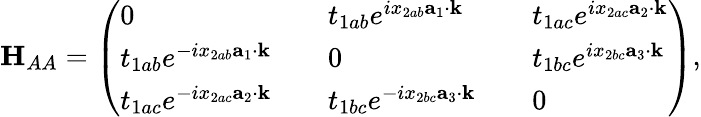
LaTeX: {\mathbf H}_{AA}=\left(\begin{array}{lllll}{0}&{}&{t_{1ab}e^{ix_{2ab}{\mathbf a}_{1}\cdot{\mathbf k}}}&{}&{t_{1ac}e^{ix_{2ac}{\mathbf a}_{2}\cdot{\mathbf k}}}\\ {t_{1ab}e^{-ix_{2ab}{\mathbf a}_{1}\cdot{\mathbf k}}}&{}&{0}&{}&{t_{1bc}e^{ix_{2bc}{\mathbf a}_{3}\cdot{\mathbf k}}}\\ {t_{1ac}e^{-ix_{2ac}{\mathbf a}_{2}\cdot{\mathbf k}}}&{}&{t_{1bc}e^{-ix_{2bc}{\mathbf a}_{3}\cdot{\mathbf k}}}&{}&{0}\end{array}\right),